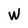
Character: W